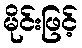
မိုင်းဖြင့်